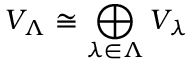
V _ { \Lambda } \cong \bigoplus _ { \lambda \in \Lambda } V _ { \lambda }